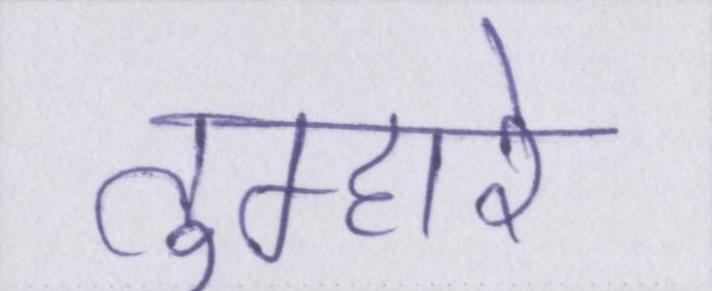
तुम्हारे